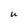
Character: U